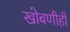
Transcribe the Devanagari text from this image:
खोबणीही